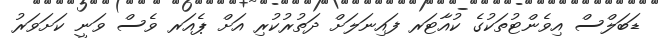
ޑަބަލްސް އިވެންޓުތަކުގެ ކުއާޓަރ ފައިނަލަށް ދަތުރުކުރި އަށް ޕެއަރ ވެސް ވަނީ ކަށަވަރު